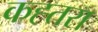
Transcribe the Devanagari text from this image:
कह्तरा